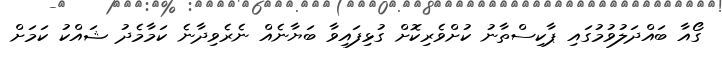
ގޯއާ ބައްދަލުވުމުގައި ޕާކިސްތާނު ކުށްވެރިކޮށް ގުޅިފައިވާ ބަޔާނެއް ނެރެވިދާނެ ކަމާމެދު ޝައްކު ކަމަށް